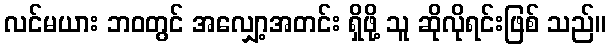
လင်မယား ဘဝတွင် အလျှော့အတင်း ရှိဖို့ သူ ဆိုလိုရင်းဖြစ် သည်။